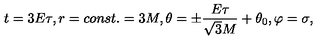
t = 3 E \tau , r = c o n s t . = 3 M , \theta = \pm \frac { E \tau } { \sqrt { 3 } M } + \theta _ { 0 } , \varphi = \sigma ,